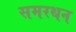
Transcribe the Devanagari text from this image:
समरथन